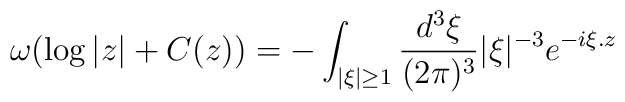
\omega(\log|z|+C(z))=-\int_{|\xi|\geq 1}  \frac{d^3\xi}{(2\pi)^3}|\xi|^{-3}e^{-i\xi .z}